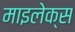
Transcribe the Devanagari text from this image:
माइलेक्स